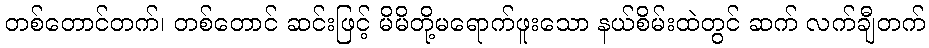
တစ်တောင်တက်၊ တစ်တောင် ဆင်းဖြင့် မိမိတို့မရောက်ဖူးသော နယ်စိမ်းထဲတွင် ဆက် လက်ချီတက်